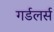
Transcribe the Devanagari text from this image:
गर्डलर्स